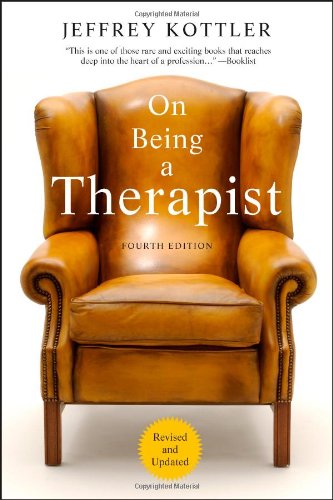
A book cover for On Being a Therapist, 4th Edition; Jeffrey A. Kottler; Medical Books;